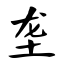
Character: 垄